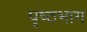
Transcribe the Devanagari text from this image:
पृष्‍ठभाग